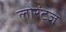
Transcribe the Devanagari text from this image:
लोरेंट्ज